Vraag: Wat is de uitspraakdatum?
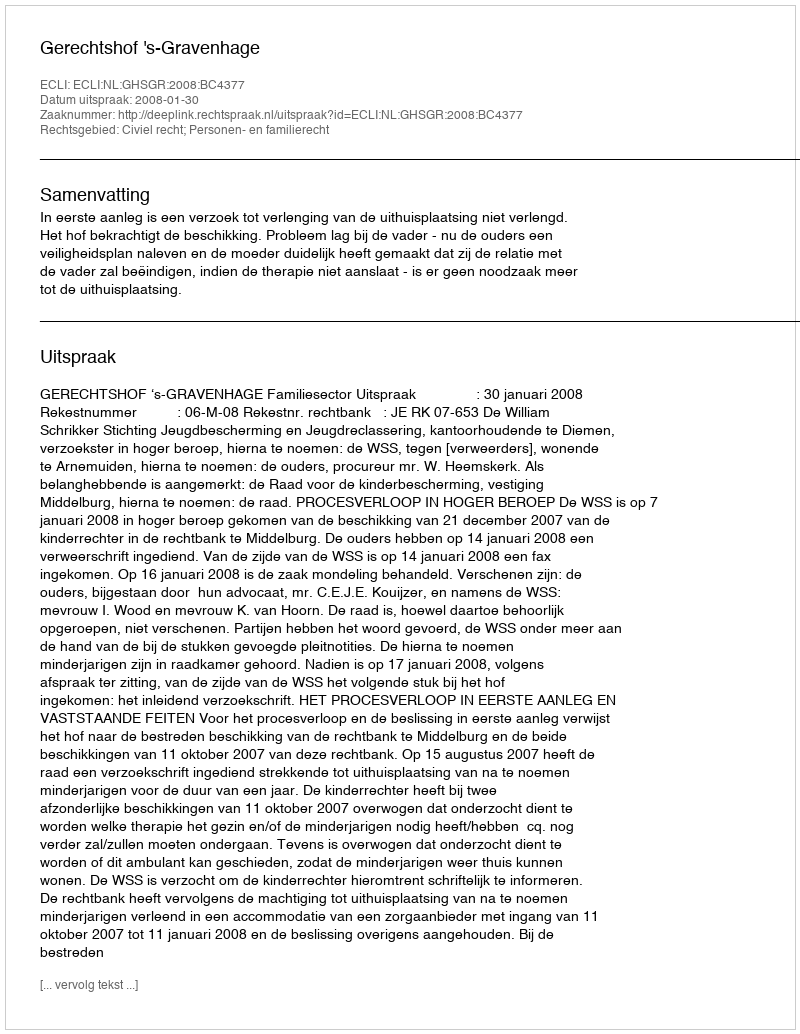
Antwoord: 2008-01-30